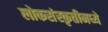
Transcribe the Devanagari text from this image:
लोकसंस्कृतीमध्ये